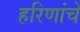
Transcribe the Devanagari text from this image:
हरिणांचे